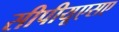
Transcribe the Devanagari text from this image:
सीपीयूएसए